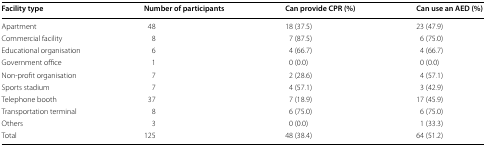
<table><thead><tr><td><b>Facility type</b></td><td><b>Number of participants</b></td><td><b>Can provide CPR (%)</b></td><td><b>Can use an AED (%)</b></td></tr></thead><tbody><tr><td>Apartment</td><td>48</td><td>18 (37.5)</td><td>23 (47.9)</td></tr><tr><td>Commercial facility</td><td>8</td><td>7 (87.5)</td><td>6 (75.0)</td></tr><tr><td>Educational organisation</td><td>6</td><td>4 (66.7)</td><td>4 (66.7)</td></tr><tr><td>Government office</td><td>1</td><td>0 (0.0)</td><td>0 (0.0)</td></tr><tr><td>Non-profit organisation</td><td>7</td><td>2 (28.6)</td><td>4 (57.1)</td></tr><tr><td>Sports stadium</td><td>7</td><td>4 (57.1)</td><td>3 (42.9)</td></tr><tr><td>Telephone booth</td><td>37</td><td>7 (18.9)</td><td>17 (45.9)</td></tr><tr><td>Transportation terminal</td><td>8</td><td>6 (75.0)</td><td>6 (75.0)</td></tr><tr><td>Others</td><td>3</td><td>0 (0.0)</td><td>1 (33.3)</td></tr><tr><td>Total</td><td>125</td><td>48 (38.4)</td><td>64 (51.2)</td></tr></tbody></table>